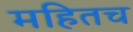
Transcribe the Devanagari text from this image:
महितच